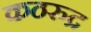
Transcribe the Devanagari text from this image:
कठरुद्र